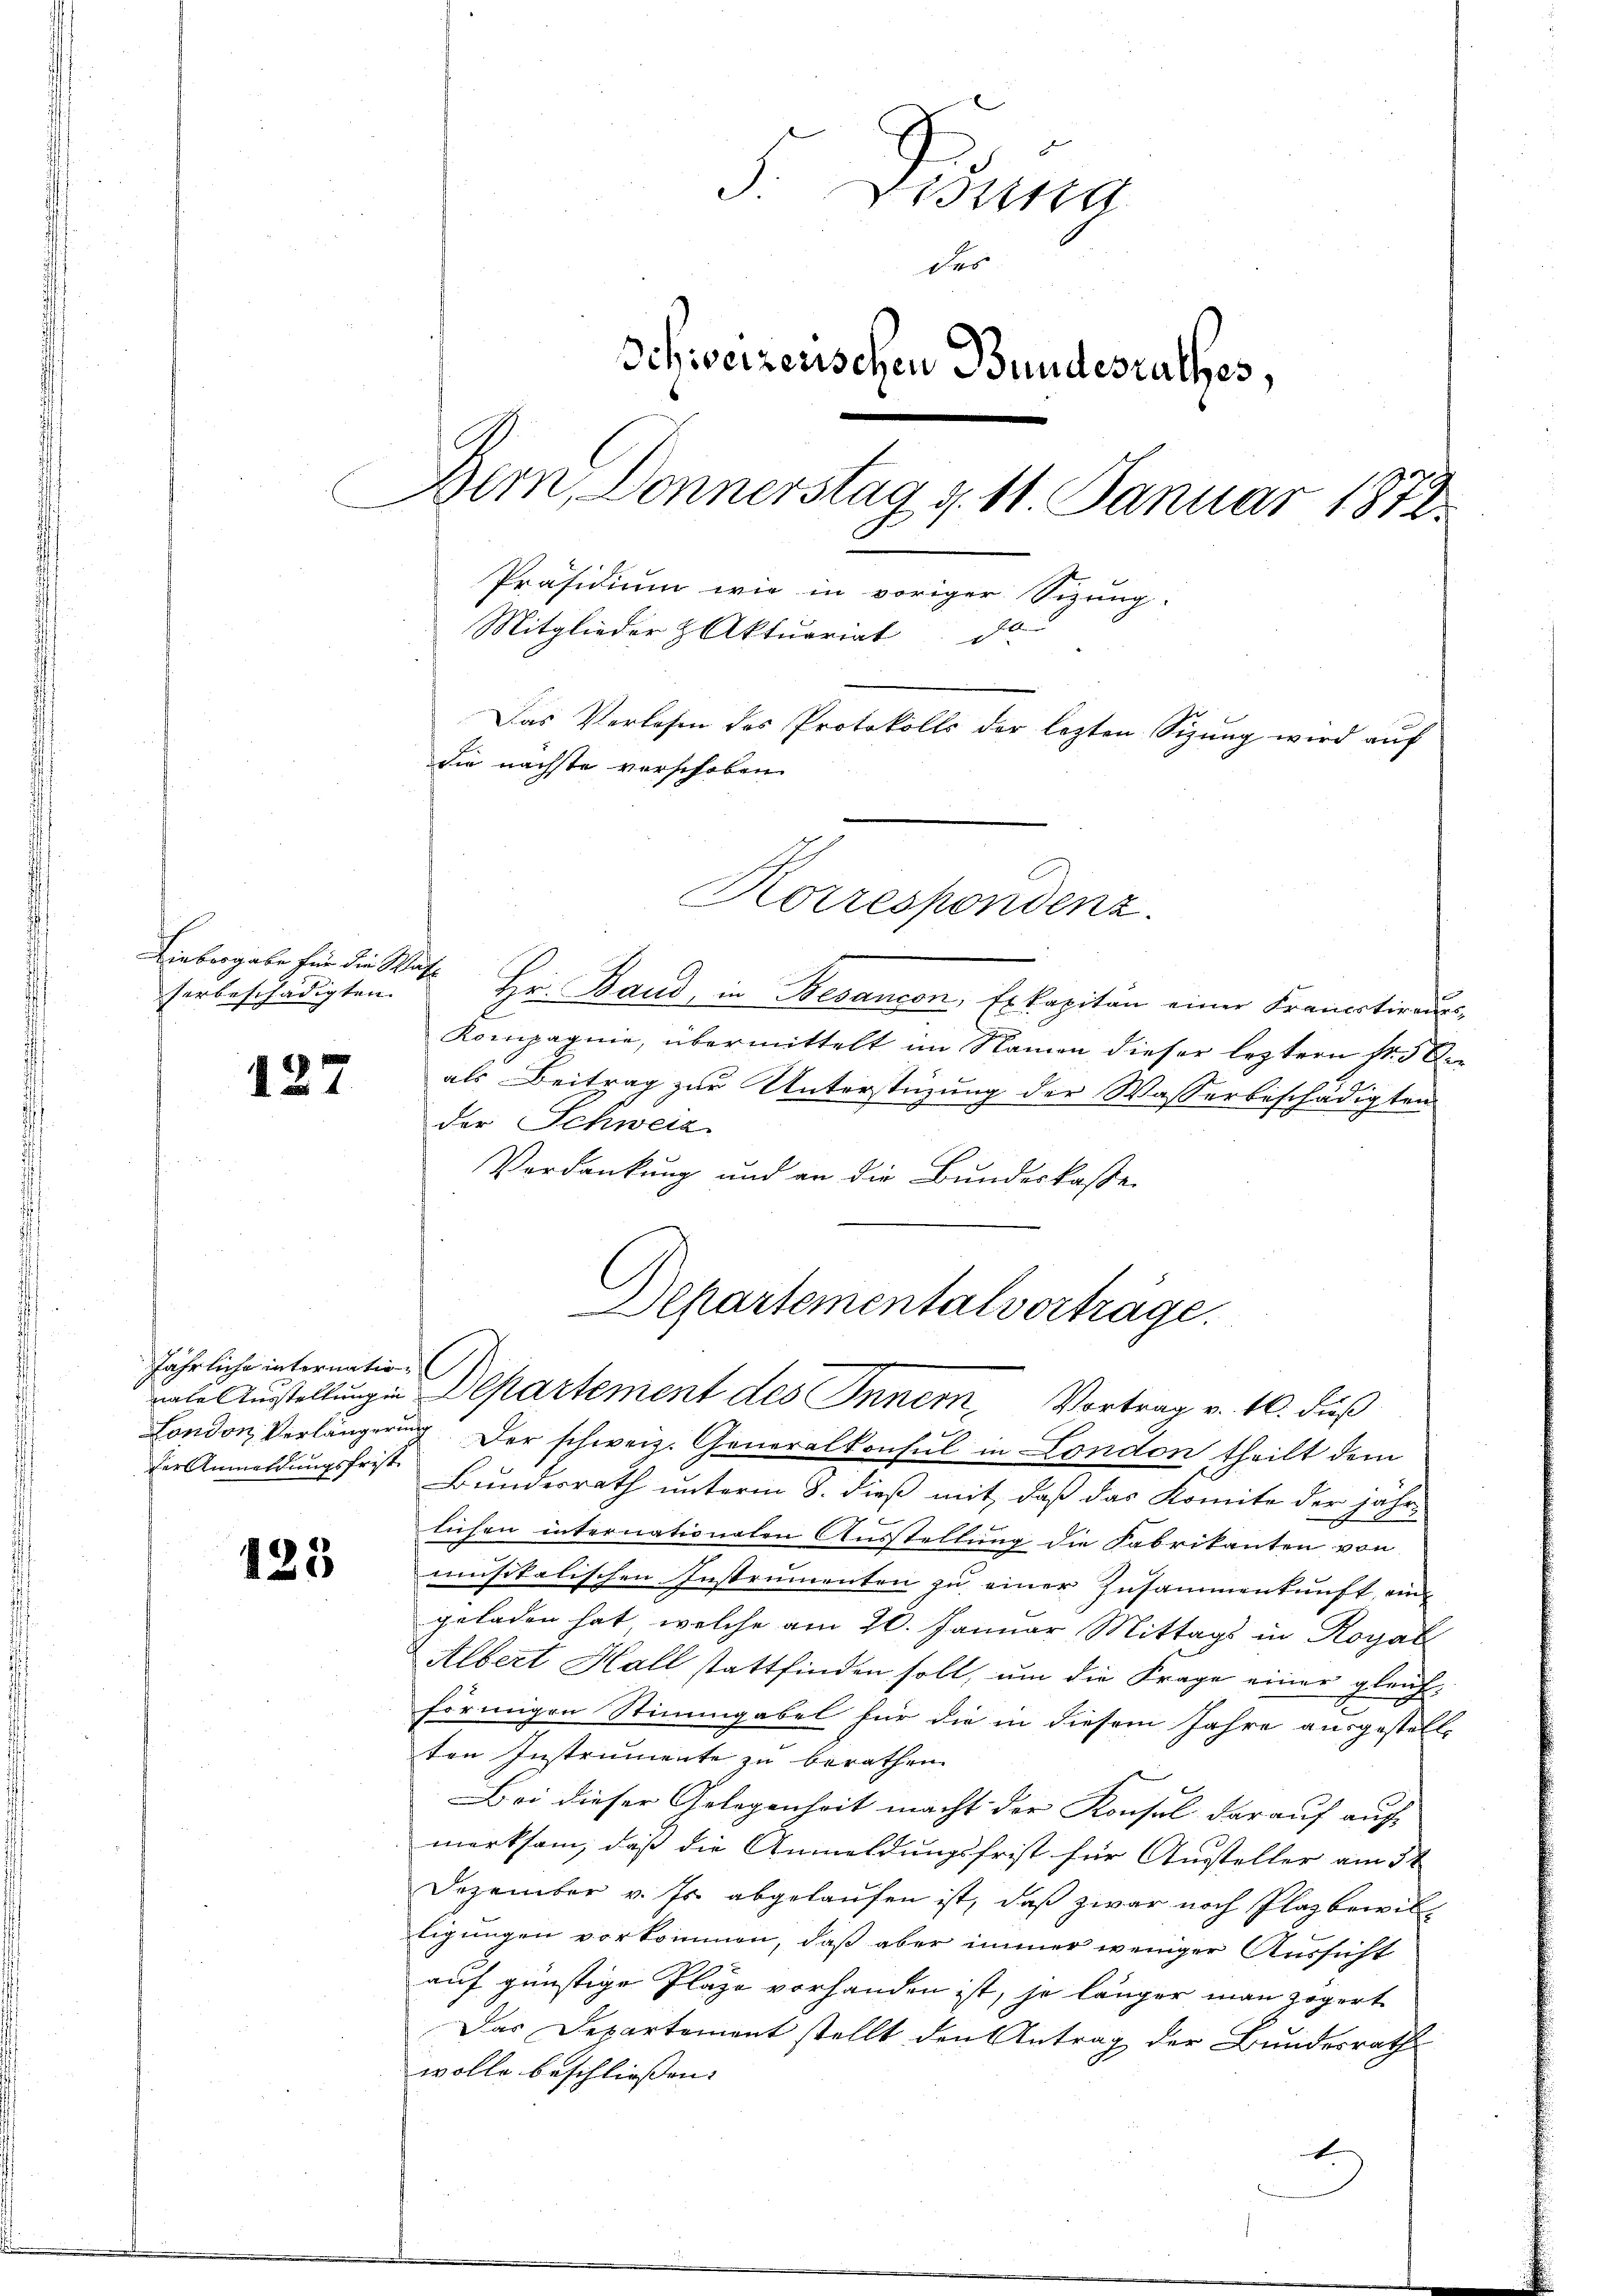
Linbergabe für die Washerbeschädigten

127

jährliche internatioder Anmeldungsfrist

125

S. Disena
der
Schweizerischen Bundesrathes,
Bern, Donnerstag d. 11. Januar 1872
Präsidium wie in voriger Sizung.
Mitglieder & Aktuariat d
Das Verlesen des Protokolls der letzten Sizung wird auf
die nächste verschoben.
Korrespondenz.

Hr. Band, in Besangen, Erkapitän einer Frauectiren
.
Kompagnie, übermittelt im Namen dieser leztern Fr. 5 Eals Beitrag zur Unterstüzung der Wasserbeschädigten
der Schweiz
Verdankung und an die Bundeskasse
London Verlängerung. Der schweiz. Generalkonsul in London theilt dem
Bundesrath unterm 8. dieß mit, daß das Komite der jähr-
lichen internationalen Ausstellung die Fabrikanten von
musikalischen Instrumenten zu einer Zusammenkunft, ein-
geladen hat, welche am 20. Januar Mittags in Royal
Albert Hall stattfinden soll, um die Frage einer gleich-
förmigen Stimmgabel für die in diesem Jahre ausgestelle
ten Instrumente zu berathen.
Bei dieser Gelegenheit macht der Konsul darauf auf
merksam, daß die Anmeldungsfrist für Austeller am 3t
Dezember v. Js. abgelaufen ist, daß zwar noch Plaz bewilligungen vorkommen, daß aber immer weniger Aussicht
auf günstige Plaze vorhanden ist, je länger man zögert
Das Departement stellt den Antrag der Bundesrath
wolle beschliessen. |
E

Departementalvorträge.
nale Austellung in Departement des Inner Vortrag v. 10. Fuß